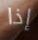
إذا